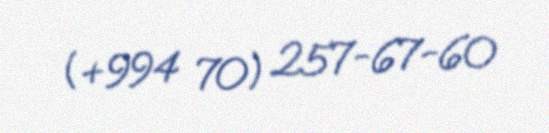
(+994 70) 257-67-60